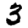
Digit: 3